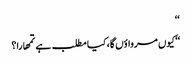
‘‘
‘‘کیوں مرواؤں گا، کیا مطلب ہے تمھارا؟